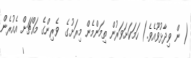
( ން ވިދާޅުވޫއެވެ.) ހަމަކަށަވަރުން ތިމަންމެން މިރަށުގެ  ވެރިންގެ މައްޗަށް އެއުރެން